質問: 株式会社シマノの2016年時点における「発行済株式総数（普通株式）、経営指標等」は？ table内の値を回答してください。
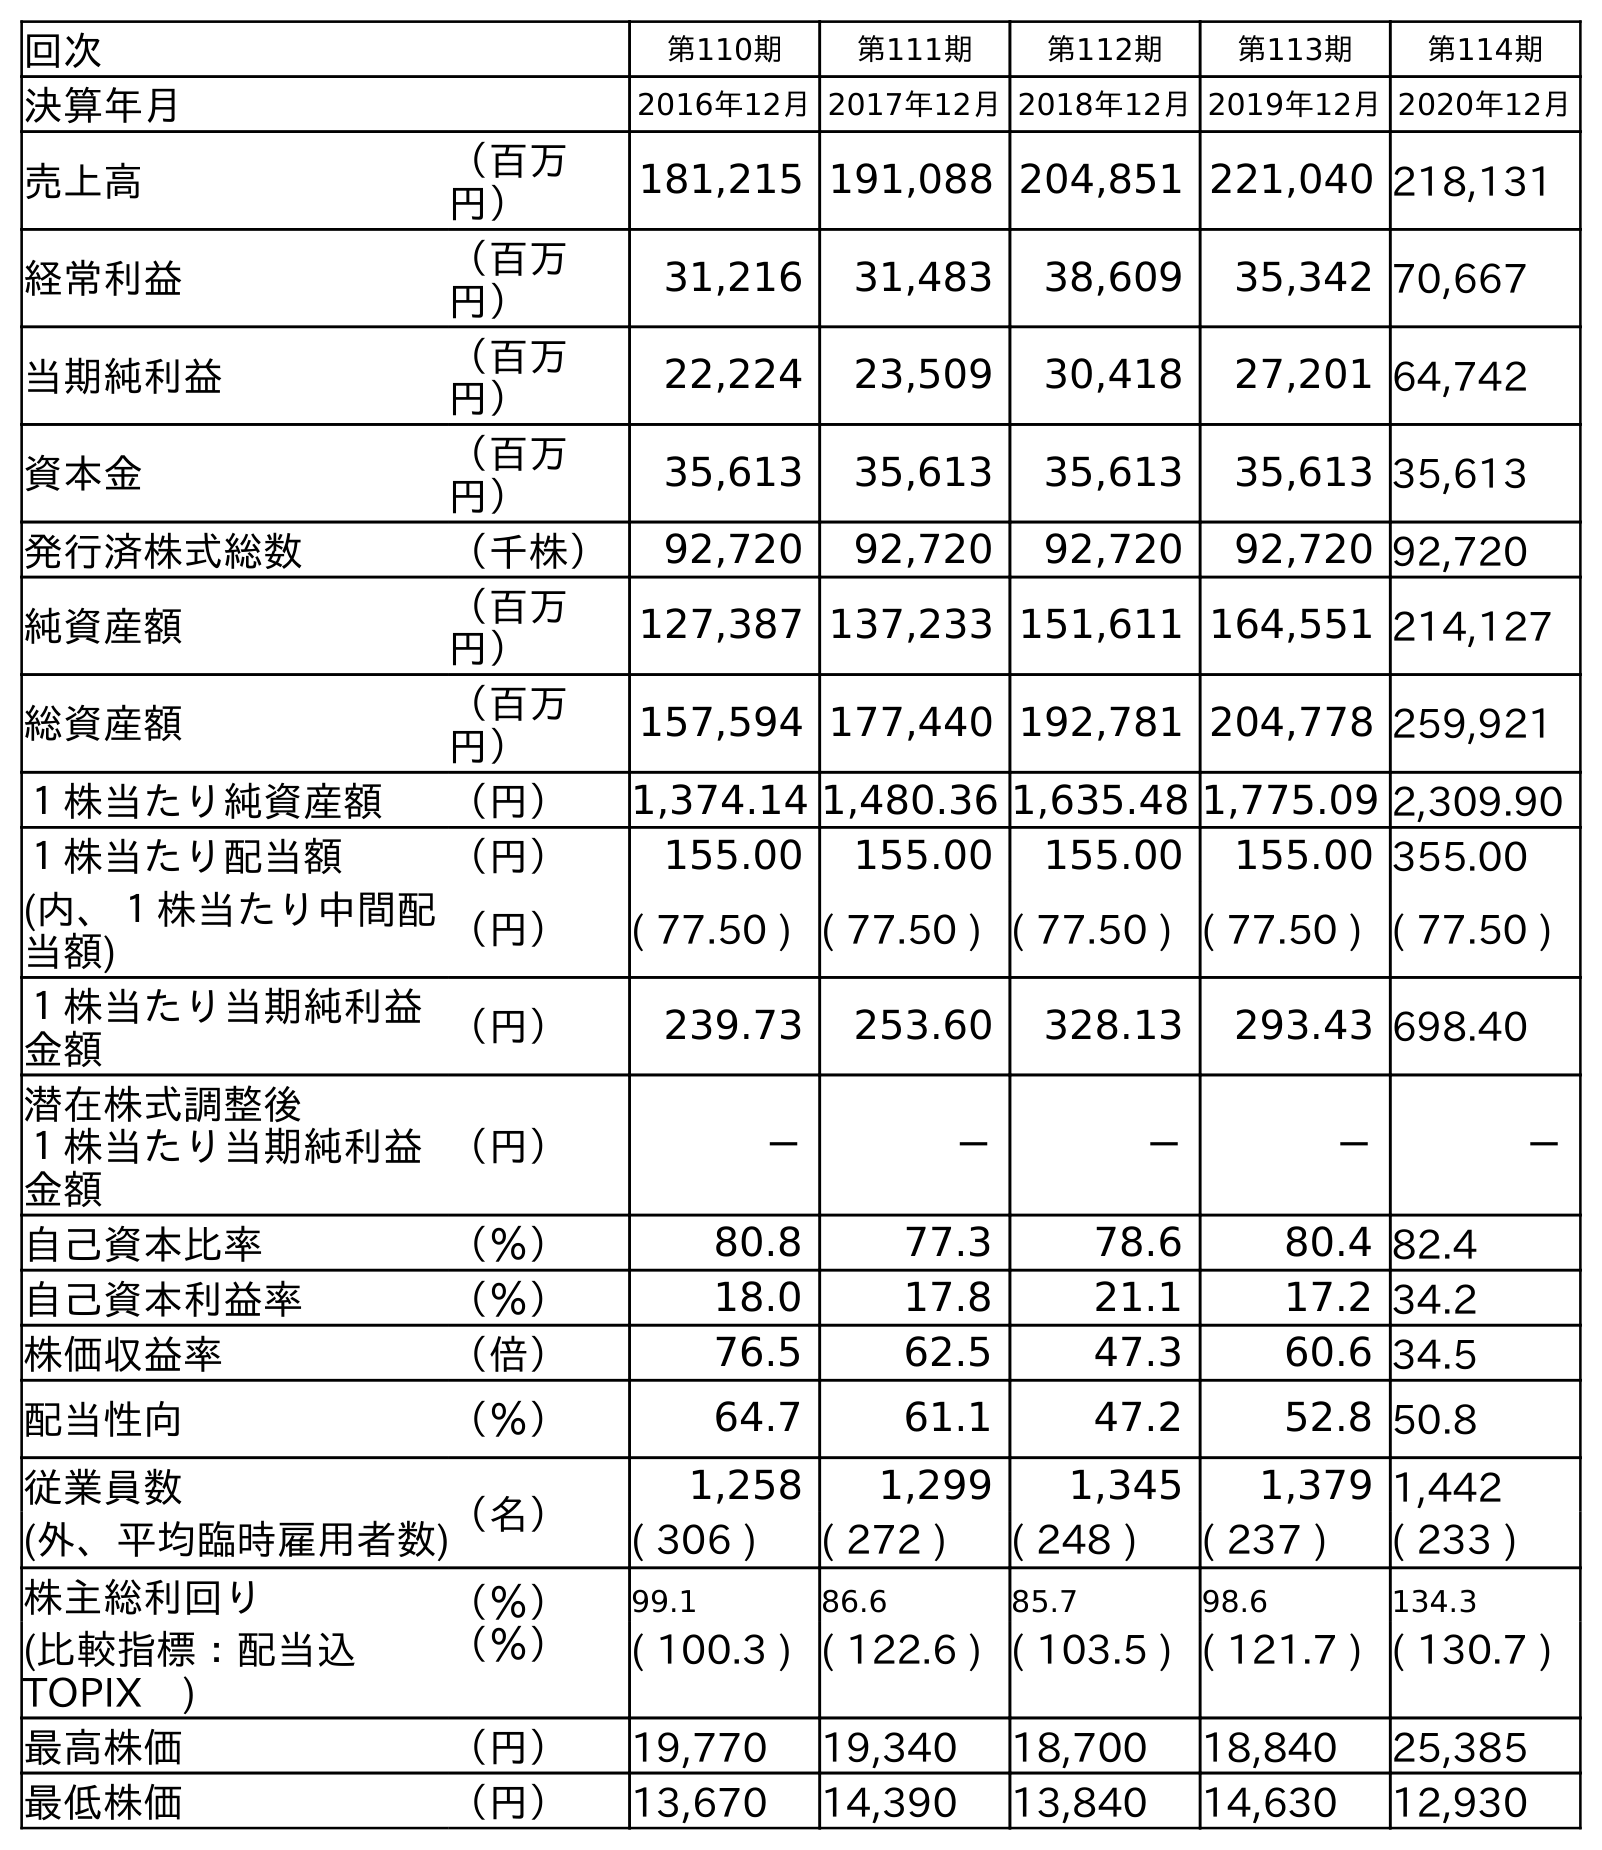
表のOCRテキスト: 回次 第110期 第111期 第112期 第113期 第114期 決算年月 2016年12月2017年12月2018年12月2019年12月2020年12月 売上高 （百万 円） 181,215 191,088 204,851 221,040 218,131 経常利益 （百万 円） 31,216 31,483 38,609 35,342 70,667 当期純利益 （百万 円） 22,224 23,509 30,418 27,201 64,742 資本金 （百万 円） 35,613 35,613 35,613 35,613 35,613 発行済株式総数 （千株） 92,720 92,720 92,720 92,720 92,720 純資産額 （百万 円） 127,387 137,233 151,611 164,551 214,127 総資産額 （百万 円） 157,594 177,440 192,781 204,778 259,921 １株当たり純資産額 （円） 1,374.14 1,480.36 1,635.48 1,775.09 2,309.90 １株当たり配当額 （円） 155.00 155.00 155.00 155.00 355.00 (内、１株当たり中間配 当額) （円） ( 77.50 ) ( 77.50 ) ( 77.50 ) ( 77.50 ) ( 77.50 ) １株当たり当期純利益 金額 （円） 239.73 253.60 328.13 293.43 698.40 潜在株式調整後 １株当たり当期純利益 金額 （円） － － － － － 自己資本比率 （％） 80.8 77.3 78.6 80.4 82.4 自己資本利益率 （％） 18.0 17.8 21.1 17.2 34.2 株価収益率 （倍） 76.5 62.5 47.3 60.6 34.5 配当性向 （％） 64.7 61.1 47.2 52.8 50.8 従業員数 （名） 1,258 1,299 1,345 1,379 1,442 (外、平均臨時雇用者数) ( 306 ) ( 272 ) ( 248 ) ( 237 ) ( 233 ) 株主総利回り （％） 99.1 86.6 85.7 98.6 134.3 (比較指標：配当込 TOPIX ) （％） ( 100.3 ) ( 122.6 ) ( 103.5 ) ( 121.7 ) ( 130.7 ) 最高株価 （円） 19,770 19,340 18,700 18,840 25,385 最低株価 （円） 13,670 14,390 13,840 14,630 12,930
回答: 92,720